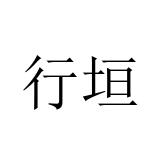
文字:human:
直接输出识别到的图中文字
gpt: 行垣